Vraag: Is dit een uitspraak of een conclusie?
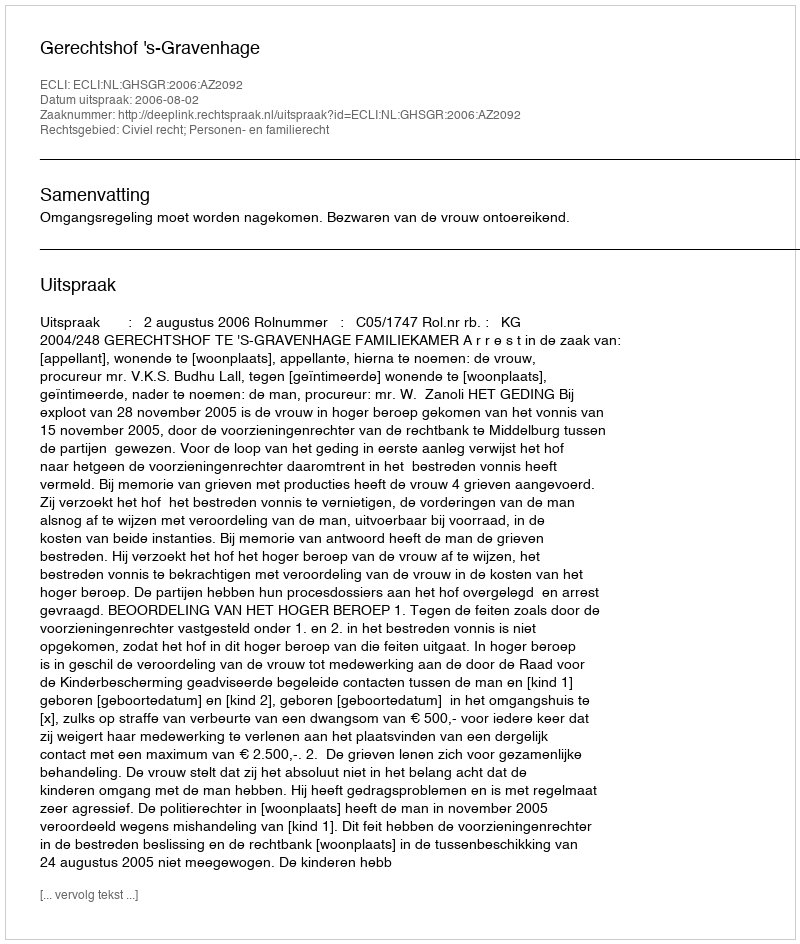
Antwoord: Uitspraak